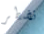
تضطر